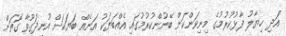
އަދި ހިޔާލު ފާޅުކުރުމުގެ މިނިވަންކަން ބޭނުންކުރުމުގައި އެއްބަޔަކު އަނެއް ބަޔަކަށް އުނދަގޫވާ ގޮތަށް